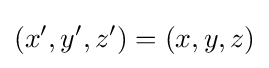
\left(x',y',z'\right)=(x,y,z)